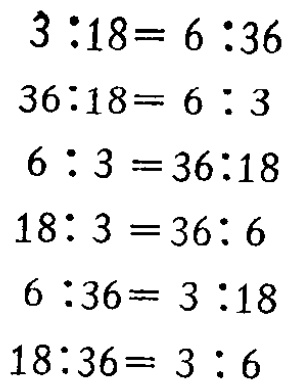
\[

\begin{align*}

3:18&= 6:36\\

36:18&= 6:3\\

6:3 &=36:18\\

18:3 &=36:6\\

6:36&= 3:18\\

18:36&= 3:6

\end{align*}

\]